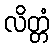
လိတ္တံ